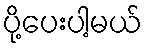
ပို့ပေးပါ့မယ်